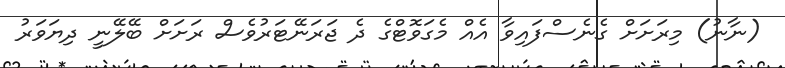
(ނާނު) މިރަށަށް ގެނެސްފައިވާ އެއް މެގަވޮޓްގެ ދެ ޖަރަނޭޓަރުވެސް ރަށަށް ބޭލޭނީ ދިޔަވަރު